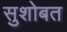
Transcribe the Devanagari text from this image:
सुशोबत